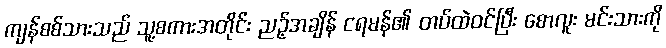
ကျန်စစ်သားသည် သူ့စကားအတိုင်း ညဉ့်အချိန် ငရမန်၏ တပ်ထဲဝင်ပြီး စောလူး မင်းသားကို